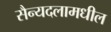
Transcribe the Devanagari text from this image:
सैन्यदलामधील